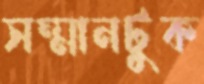
সম্মানটুক